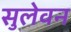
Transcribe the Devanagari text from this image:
सुलेवन